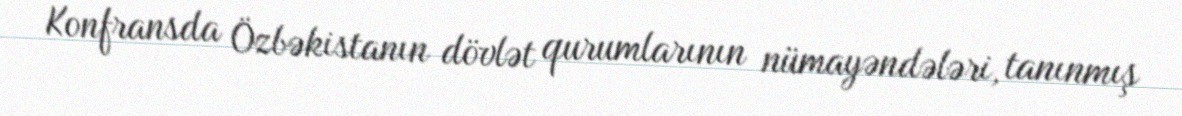
Konfransda Özbəkistanın dövlət qurumlarının nümayəndələri, tanınmış